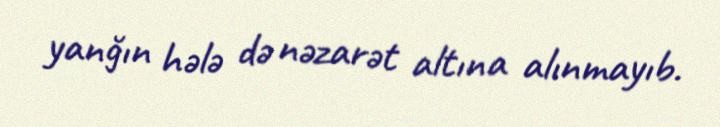
yanğın hələ də nəzarət altına alınmayıb.